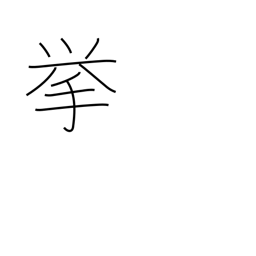
Meaning: project